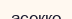
асекко